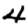
Digit: 4